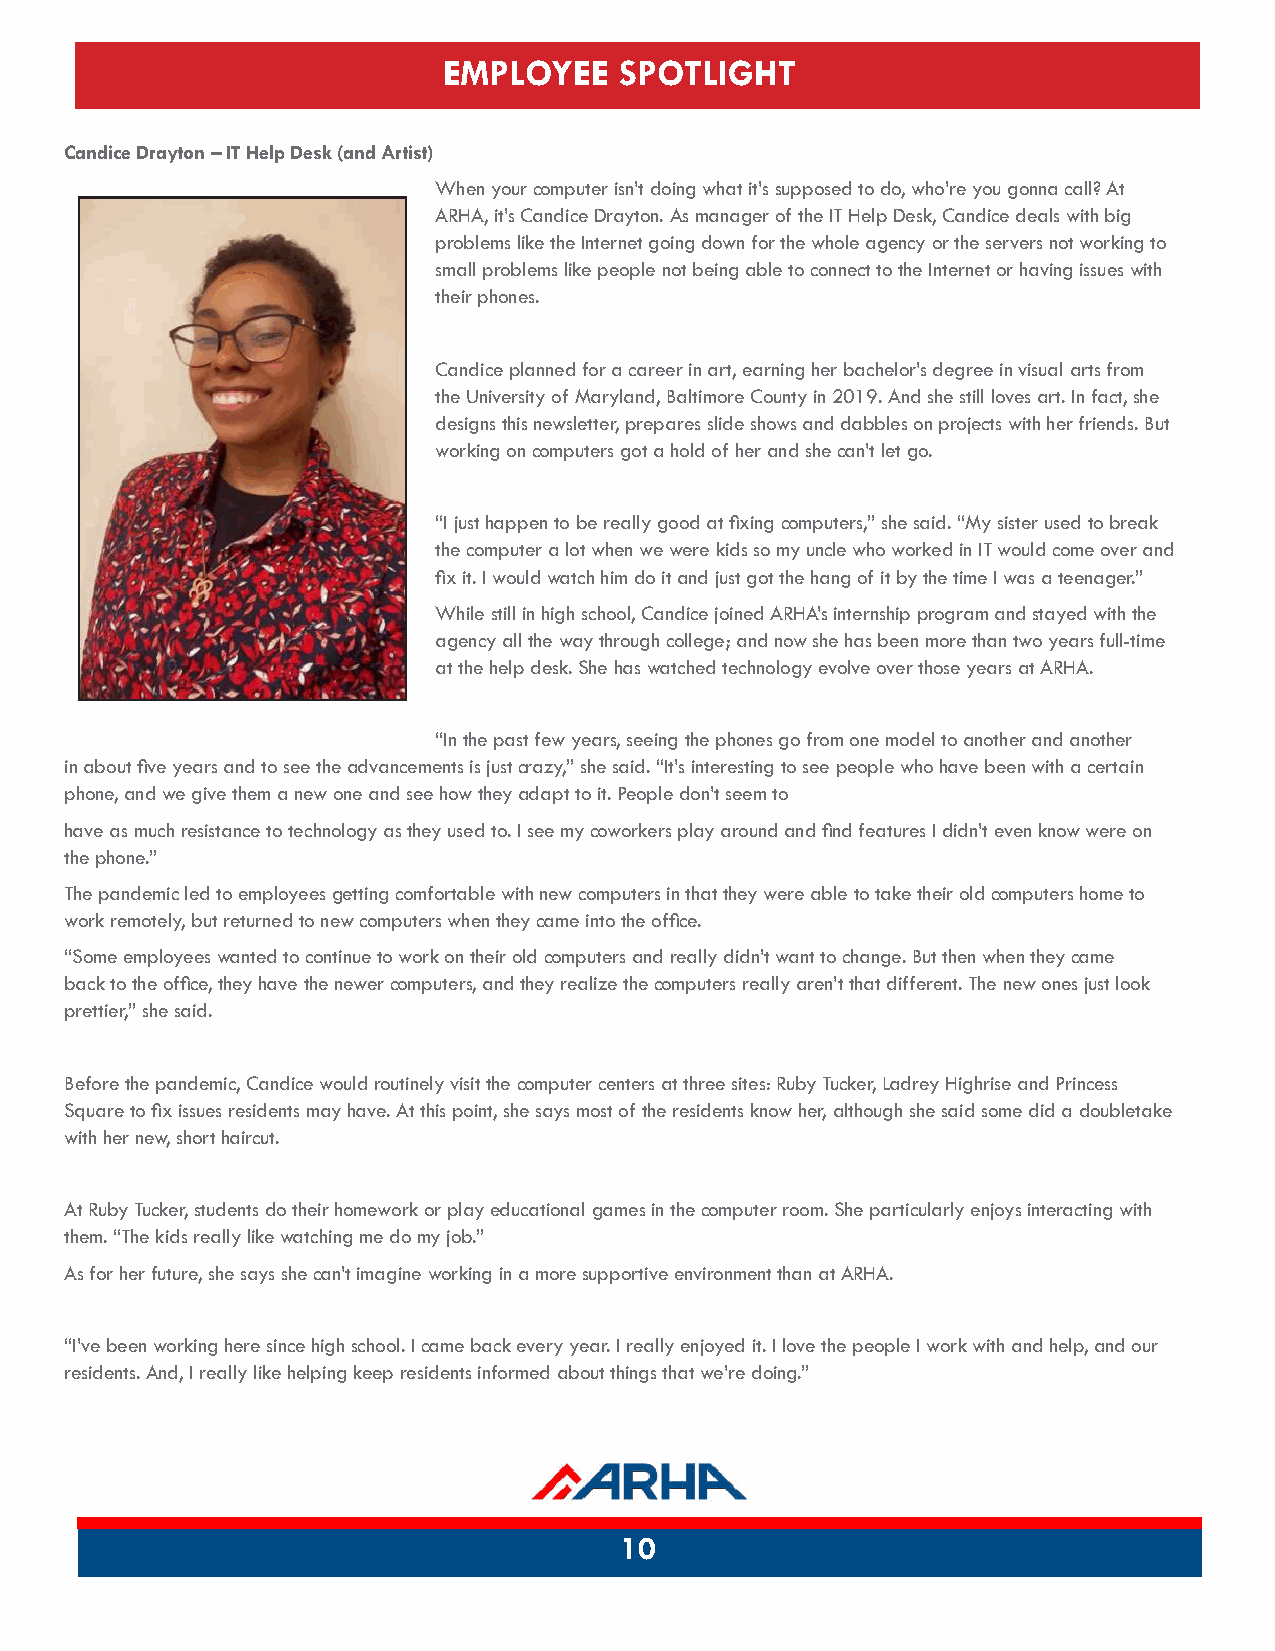
EMPLOYEE    SPOTLIGHT
 Candice Drayton – IT Help Desk (and Artist)
 When your computer isn’t doing what it’s supposed to do, who’re you gonna call? A t
 ARHA, it’s Candice Drayton. As manager of the IT Help Desk, Candice deals with big
 problems like the Internet going down for the whole agency or the servers not working to
 small problems like people not being able to connect to the Internet or having issues with
 their phones.
 Candice planned for a career in art, earning her bachelor’s degree in visual arts from
 the University of Maryland, Baltimore County in 2019. And she still loves art. In fact, she
 designs this newsletter, prepares slide shows and dabbles on projects with her friends. But
 working on computers got a hold of her and she can’t let go.
 “I just happen to be really good at fixing computers,” she said. “My sister used to break
 the computer a lot when we were kids so my uncle who worked in IT would come over and
 fix it. I would watch him do it and just got the hang of it by the time I was a teenager.”
 While still in high school, Candice joined ARHA’s internship program and stayed with the
 agency all the way through college; and now she has been more than two years full-time
 at the help desk. She has watched technology evolve over those years at ARHA.
 “In the past few years, seeing the phones go from one model to another and another
 in about five years and to see the advancements is just crazy,” she said. “It’s interesting to see people who have been with a certai n
 phone, and we give them a new one and see how they adapt to it. People don’t seem to
 have as much resistance to technology as they used to. I see my coworkers play around and find features I didn’t even know were o n
 the phone.”
 The pandemic led to employees getting comfortable with new computers in that they were able to take their old computers home to
 work remotely, but returned to new computers when they came into the office.
 “Some employees wanted to continue to work on their old computers and really didn’t want to change. But then when they came
 back to the office, they have the newer computers, and they realize the computers really aren’t that different. The new ones just loo k
 prettier,” she said.
 Before the pandemic, Candice would routinely visit the computer centers at three sites: Ruby Tucker, Ladrey Highrise and Princes s
 Square to fix issues residents may have. At this point, she says most of the residents know her, although she said some did a doubletake
 with her new, short haircut.
 At Ruby Tucker, students do their homework or play educational games in the computer room. She particularly enjoys interacting with
 them. “The kids really like watching me do my job.”
 As for her future, she says she can’t imagine working in a more supportive environment than at ARHA.
 “I’ve been working here since high school. I came back every year. I really enjoyed it. I love the people I work with and help, and ou r
 residents. And, I really like helping keep residents informed about things that we’re doing.”
 10